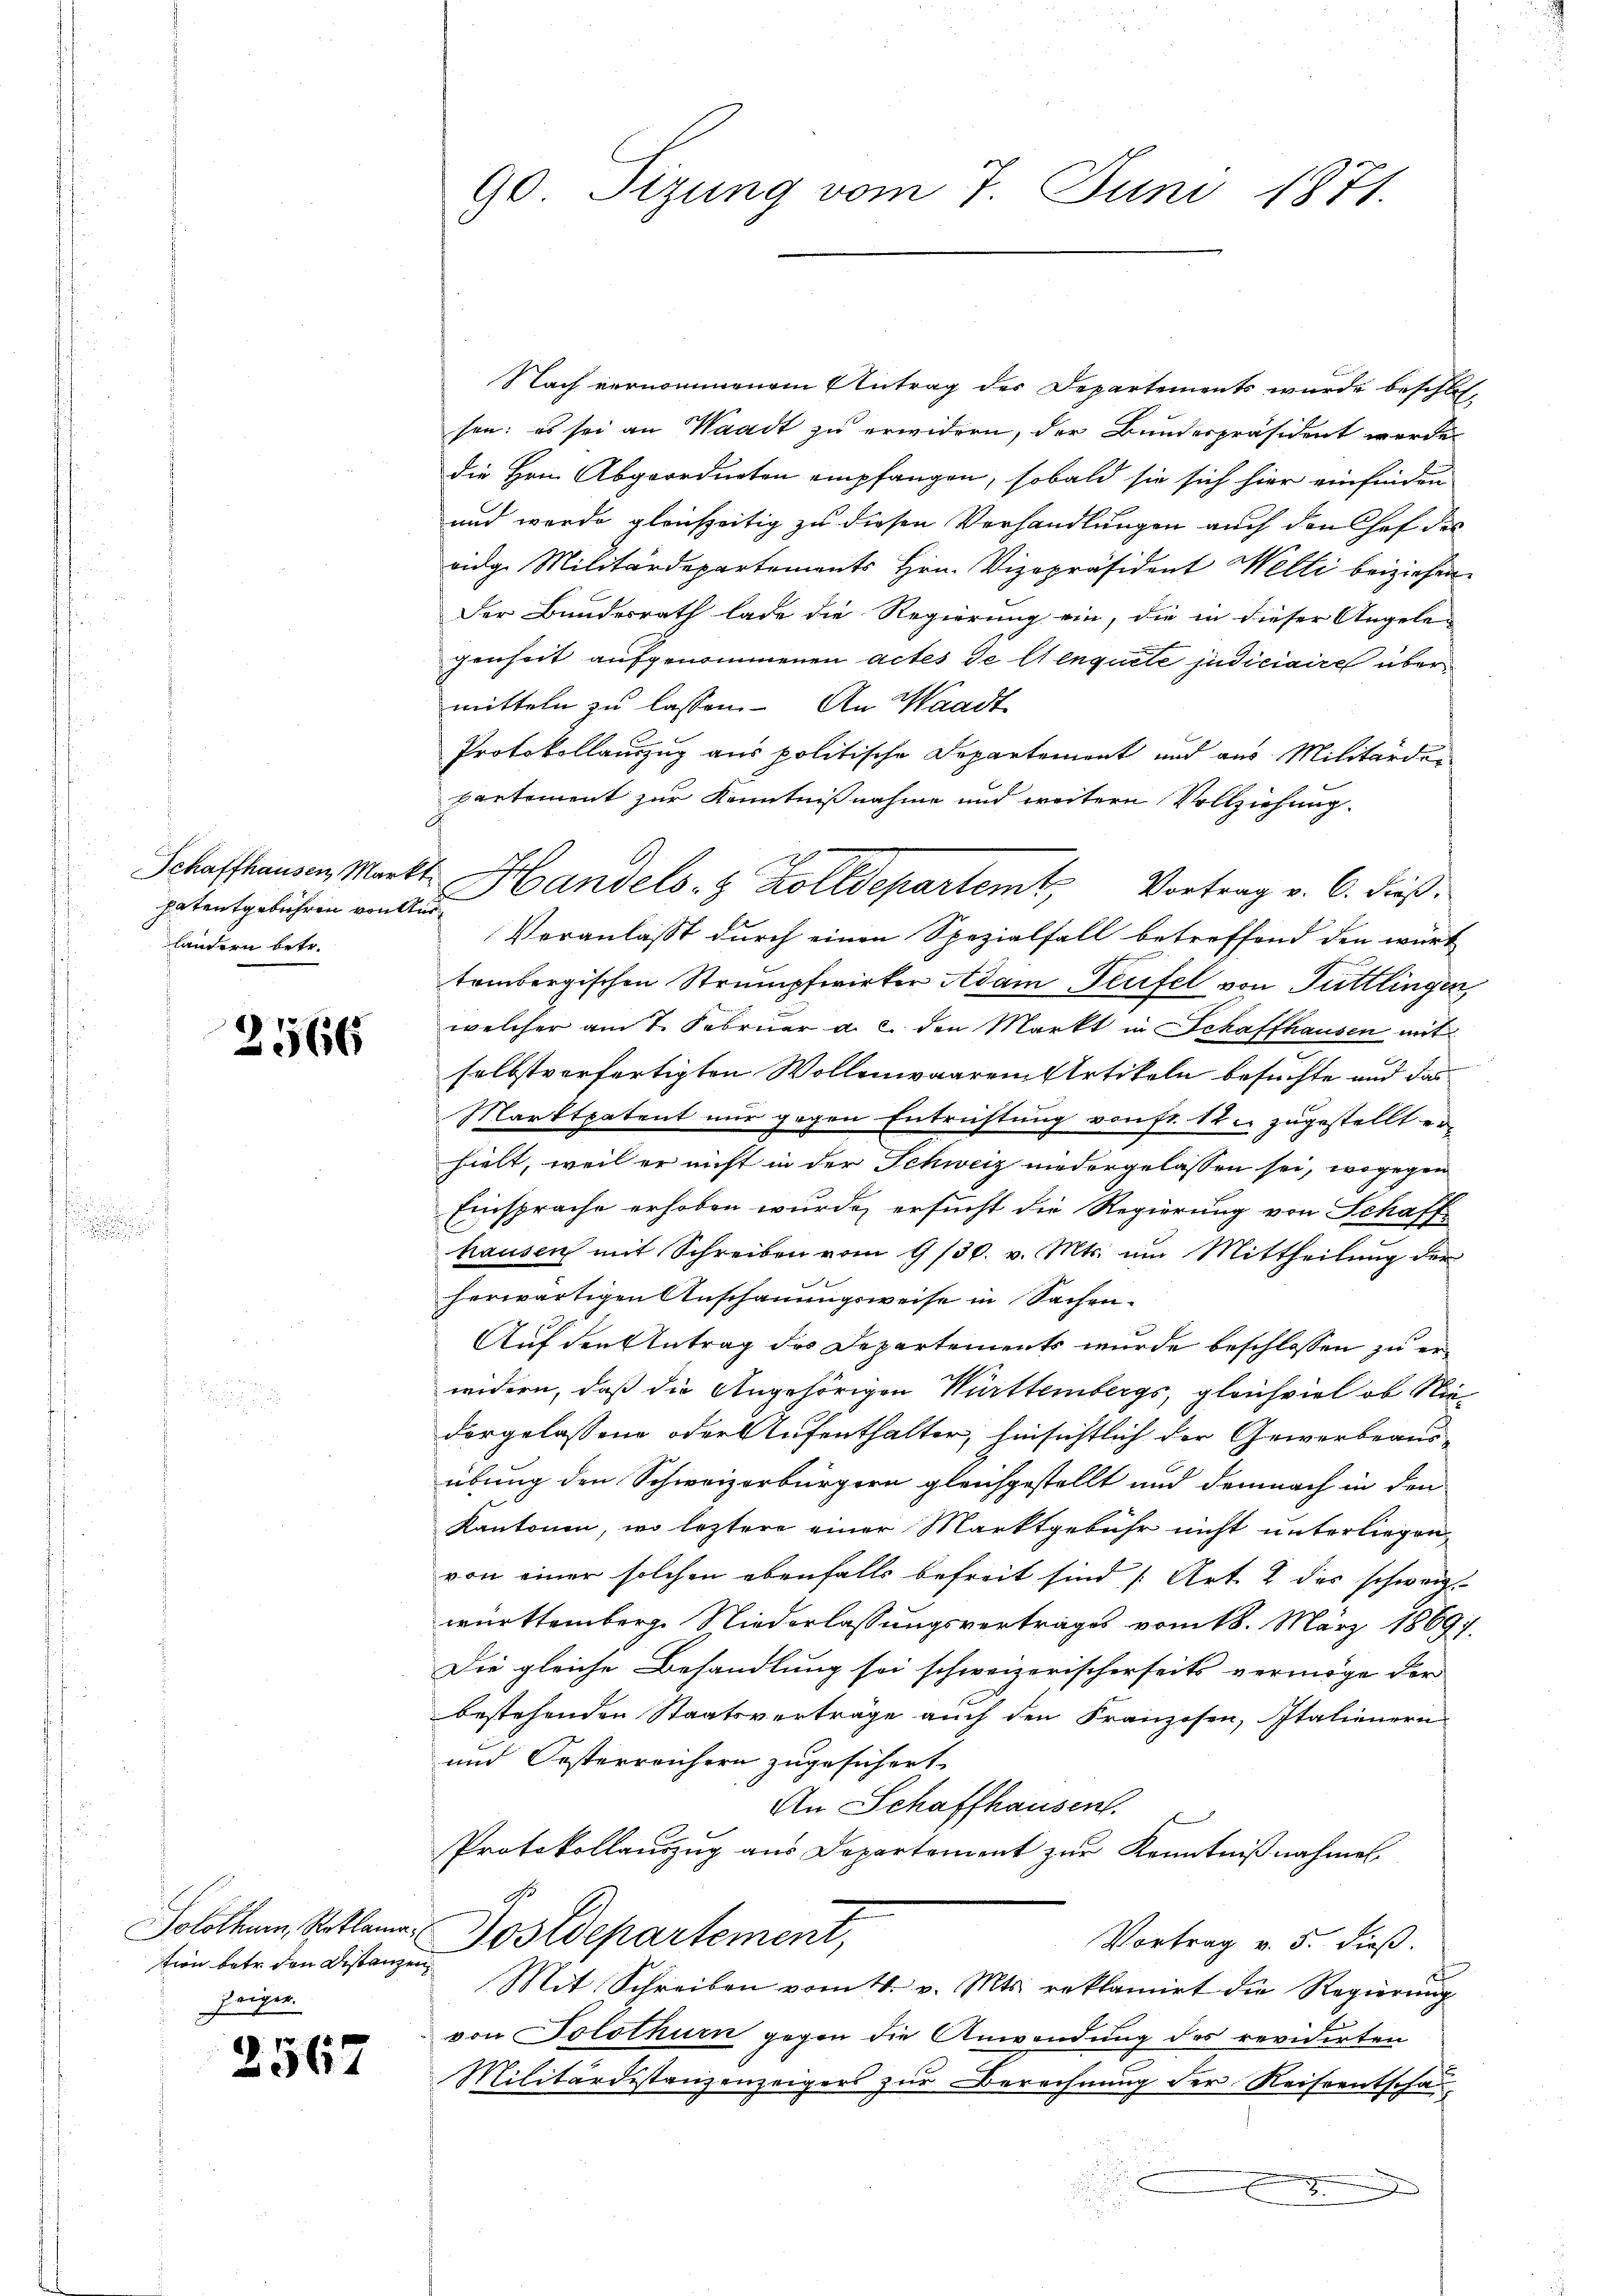
patentgebühren von Ausländern betr.

2566

tion betr. den Distanzen
Zeiger.

2567

Nach vernommenem Antrag des Departements wurde beschlossen; es sei an Waadt zu erwidern, der Bundespräsident werde
die Hrn. Abgeordneten empfangen, sobald sie sich hier einfinden
und werde gleichzeitig zu diesen Verhandlungen auch den Chef des
eidge Militärdepartements Hrn. Vizepräsident Welti beiziehen.
Der Bundesrath lade die Regierung ein, die in dieser Angele-
genheit aufgenommenen actes de lt enquete judiciaire über
mitteln zu lassen. An Waadt
Protokollauszug aus politische Departement und aus Militärdebartement zur Kenntnißnahme und weitere Vollziehung
Veranlasst durch einen Spezialfall betreffend den würt
tembergischen Strumpfwirker Adam Teufel von Tuttlingen,
welcher am 7. Februar a. c. den Markt in Schaffhausen mit
selbstverfertigten Wollenwaarem Artikeln besuchte und das
Marktpatent nur gegen Entrichtung von fr. 12. zugestellt erhielt, weil er nicht in der Schweiz niedergelassen sei, wogegen
Einsprache erhoben wurde, ersucht die Regierung von Schaff
hausen mit Schreiben vom 9/30. v. Mts. um Mittheilŭng der
herwärtigen Anschauungsweise in Sachen-
Auf den Antrag des Departements wurde beschlossen zu erwidern, daß die Angehörigen Württembergs, gleichviel ob Niedorgelassene oder Aufenthalter, hinsichtlich der Gewerbeaus-
übung den Schweizerbürgern gleichgestellt und demnach in den
Kantonen, wo leztere einer Marktgebühr nicht unterliegen,
von einer solchen ebenfalls befreit sind (Art. 2 des schweiz.
württemberge Niederlassungsvertrages vom 18. März 18697.
Die gleiche Behandlung sei schweizerischerseits vermöge der
bestehenden Staatsverträge auch den Franzosen, Italienern
und Oesterreichern zugesichert.
An Schaffhausent.
Protokollauszug aus Departement zur Kenntnißnahmen.
Solothur, Reklame Postdepartement,
Vortrag v. 5. dieß.
Mit Schreiben vom 4. v. Mts. reklamirt die Regierŭng
von Solothurn gegen die Anwendung des revidirten
Militärdestanzenzeigers zur Berechnung der Reiseentschau¬

90 Tizung vom 7. Juni 1871.

Schaffhausen, Markt Handels- & Zolldepartemt Vortrag v. 6. dieß.